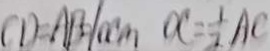
C D = A B = 1 0 c m O C = \frac { 1 } { 2 } A C